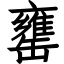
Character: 罋